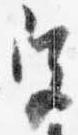
宮